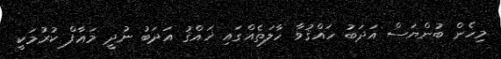
މިހެން ބުންޔަސް އަދަބު ހައްޤުވާ ހާލަތެއްގައި ޚައްޤު އަދަބު ނުދީ މަޢާފް ކުރުމަކީ